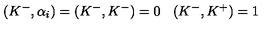
( K ^ { - } , \alpha _ { i } ) = ( K ^ { - } , K ^ { - } ) = 0 \: \: \: \: ( K ^ { - } , K ^ { + } ) = 1